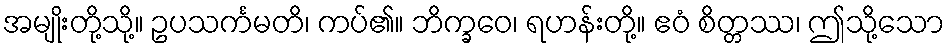
အမျိုးတို့သို့။ ဥပသင်္ကမတိ၊ ကပ်၏။ ဘိက္ခဝေ၊ ရဟန်းတို့။ ဧဝံ စိတ္တဿ၊ ဤသို့သော